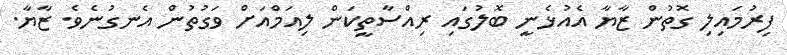
ފިރުމައިލި ގޮތުން ޒާޔާ އެއުޅެނީ ބޮލުގައި ރިއްސާތީކަން ލިއަމްއަށް ވަގުތުން އެނގުނެވެ. ޒާޔާ.